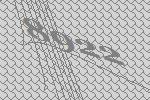
8922